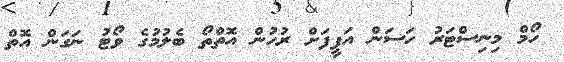
ހޯމް މިނިސްޓަރު ހަސަން އަފީފަށް ރުހުން އޮތްތޯ ބެލުމުގެ ވޯޓު ނަގަން އޮތް